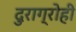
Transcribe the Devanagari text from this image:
दुराग्रोही